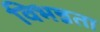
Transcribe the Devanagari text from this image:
विभन्नता